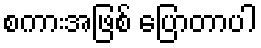
စကားအဖြစ် ပြောတာပါ